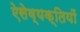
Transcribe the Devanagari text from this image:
ऐसेव्यक्तियों